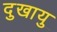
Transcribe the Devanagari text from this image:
दुखायु